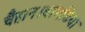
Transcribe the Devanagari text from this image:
चैहान।बांगडिया